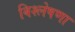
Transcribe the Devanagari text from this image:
बिश्लेषणा